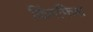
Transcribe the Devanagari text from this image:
किंगफिश